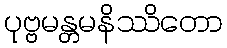
ပုဗ္ဗမန္တမနိဿိတော